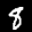
Label: 8